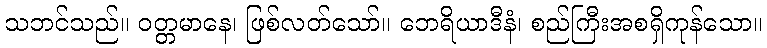
သဘင်သည်။ ဝတ္တမာနေ၊ ဖြစ်လတ်သော်။ ဘေရိယာဒီနံ၊ စည်ကြီးအစရှိကုန်သော။